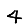
Digit: 4